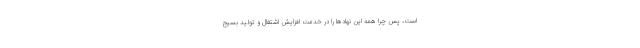
است، پس چرا همه این نهادها را در خدمت افزایش اشتغال و تولید بسیج